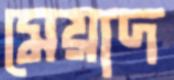
মেয়াদ